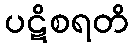
ပဋိစရတိ